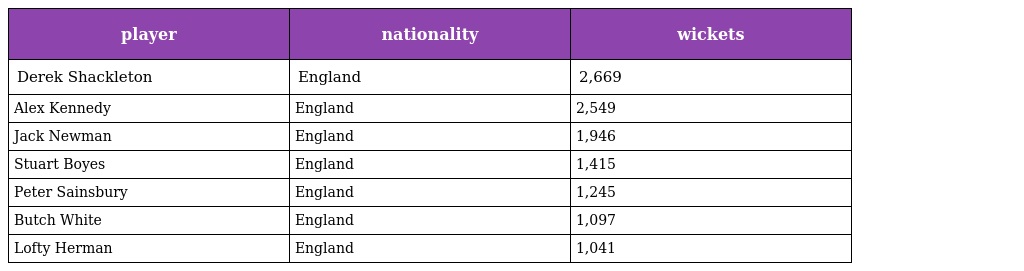
| player | nationality | wickets |
 | --- | --- | --- |
 | Derek Shackleton | England | 2,669 |
 | Alex Kennedy | England | 2,549 |
 | Jack Newman | England | 1,946 |
 | Stuart Boyes | England | 1,415 |
 | Peter Sainsbury | England | 1,245 |
 | Butch White | England | 1,097 |
 | Lofty Herman | England | 1,041 |